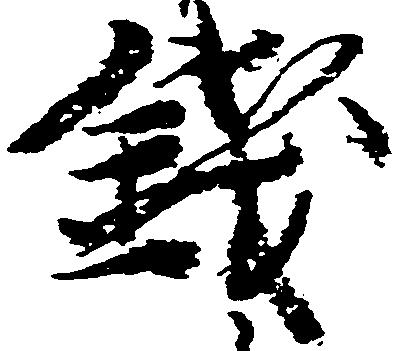
銭